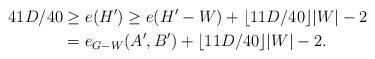
LaTeX: \begin{align*}41D/40 & \ge e(H') \ge e ( H'- W ) + \lfloor 11D / 40 \rfloor |W| - 2\\& = e_{G- W}(A',B') + \lfloor 11D / 40 \rfloor |W| - 2.\end{align*}